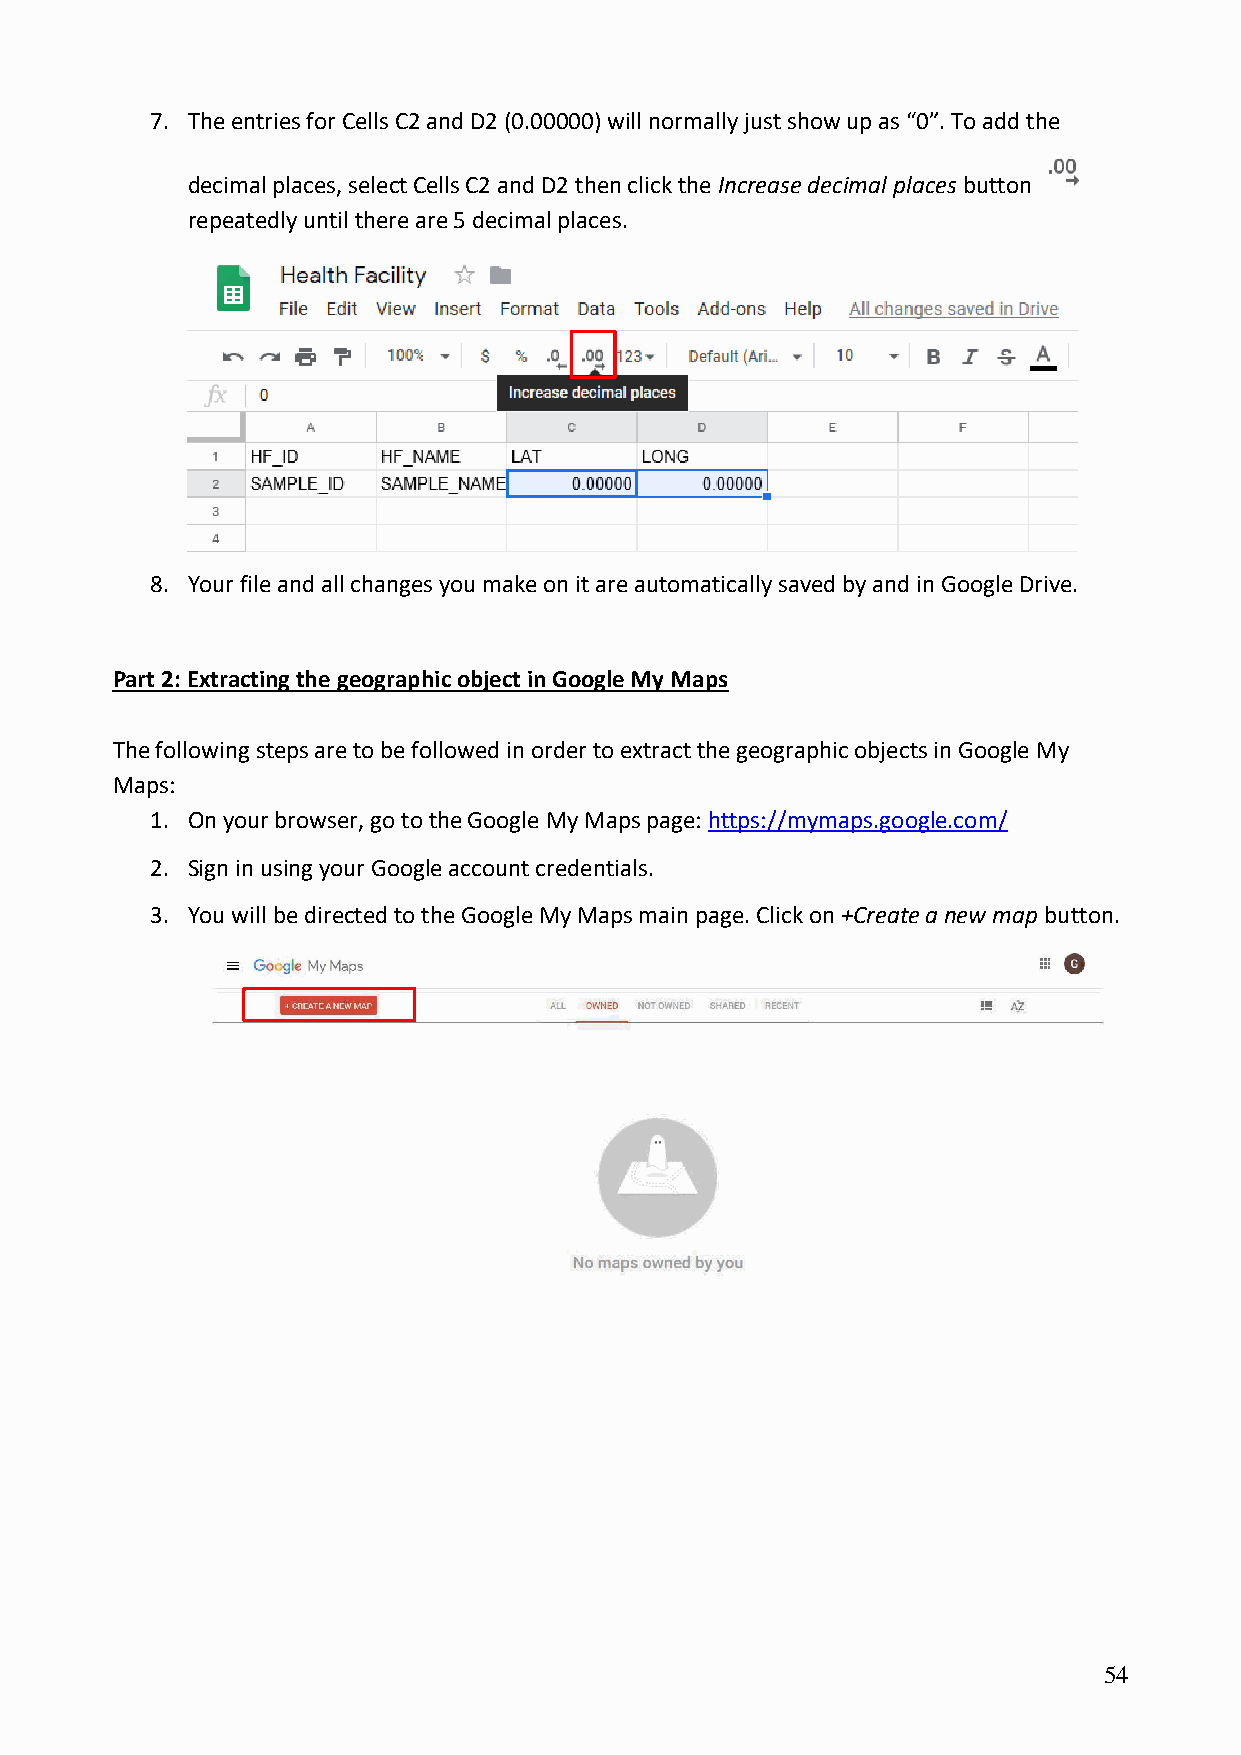
7. The entries for Cells C2 and D2 (0.00000) will normally just show up as “0”. To add the
 decimal places, select Cells C2 and D2 then click the Increase decimal places button
 repeatedly until there are 5 decimal places.
 8. Your file and all changes you make on it are automatically saved by and in Google Drive.
 Part 2: Extracting the geographic object in Google My Maps
 The following steps are to be followed in order to extract the geographic objects in Google My
 Maps:
 1. On your browser, go to the Google My Maps page: https://mymaps.google.com/
 2. Sign in using your Google account credentials.
 3. You will be directed to the Google My Maps main page. Click on +Create a new map button.
 54